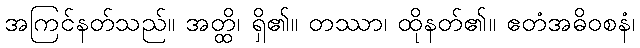
အကြင်နတ်သည်။ အတ္ထိ၊ ရှိ၏။ တဿာ၊ ထိုနတ်၏။ ဧတံအဓိဝစနံ၊